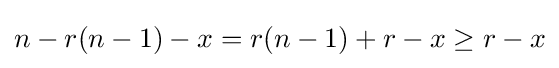
n-r(n-1)-x=r(n-1)+r-x\geq r-x